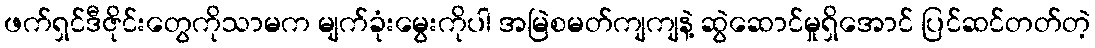
ဖက်ရှင်ဒီဇိုင်းတွေကိုသာမက မျက်ခုံးမွေးကိုပါ အမြဲစမတ်ကျကျနဲ့ ဆွဲဆောင်မှုရှိအောင် ပြင်ဆင်တတ်တဲ့